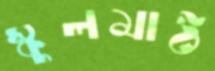
স্কুলমাঠ